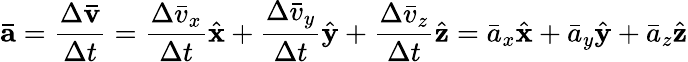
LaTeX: \mathbf{\bar{a}}={\frac{\Delta\mathbf{\bar{v}}}{\Delta t}}={\frac{\Delta{\bar{v}}_{x}}{\Delta t}}{\hat{\mathbf{x}}}+{\frac{\Delta{\bar{v}}_{y}}{\Delta t}}{\hat{\mathbf{y}}}+{\frac{\Delta{\bar{v}}_{z}}{\Delta t}}{\hat{\mathbf{z}}}={\bar{a}}_{x}{\hat{\mathbf{x}}}+{\bar{a}}_{y}{\hat{\mathbf{y}}}+{\bar{a}}_{z}{\hat{\mathbf{z}}}